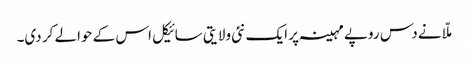
ملّا نے دس روپے مہینہ پر ایک نئی ولایتی سائیکل اس کے حوالے کر دی۔